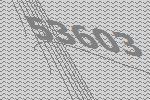
53603